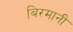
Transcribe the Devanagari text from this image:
बिरमानी